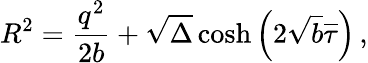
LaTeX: R^{2}=\frac{q^{2}}{2b}+\sqrt{\Delta}\cosh\left(2\sqrt{b}\overline{{{\tau}}}\right)\, ,